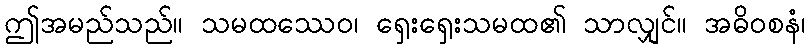
ဤအမည်သည်။ သမထဿေဝ၊ ရှေးရှေးသမထ၏ သာလျှင်။ အဓိဝစနံ၊